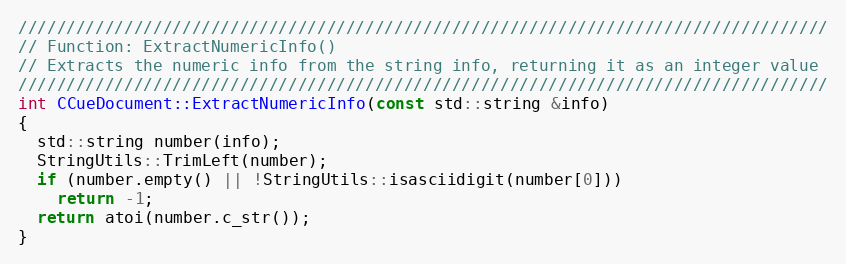
Language: C++
////////////////////////////////////////////////////////////////////////////////////
// Function: ExtractNumericInfo()
// Extracts the numeric info from the string info, returning it as an integer value
////////////////////////////////////////////////////////////////////////////////////
int CCueDocument::ExtractNumericInfo(const std::string &info)
{
  std::string number(info);
  StringUtils::TrimLeft(number);
  if (number.empty() || !StringUtils::isasciidigit(number[0]))
    return -1;
  return atoi(number.c_str());
}